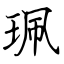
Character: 珮